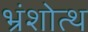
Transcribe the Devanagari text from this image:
भ्रंशोत्थ